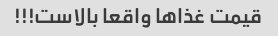
قیمت غذا‌ها واقعا بالاست!!!